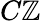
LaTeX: C\mathbb{Z}